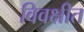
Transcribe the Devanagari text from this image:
विवक्षीत